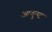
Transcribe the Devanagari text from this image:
आकॄष्‍ट